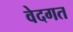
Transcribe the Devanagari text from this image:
वेदगत